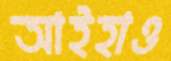
আইহাও